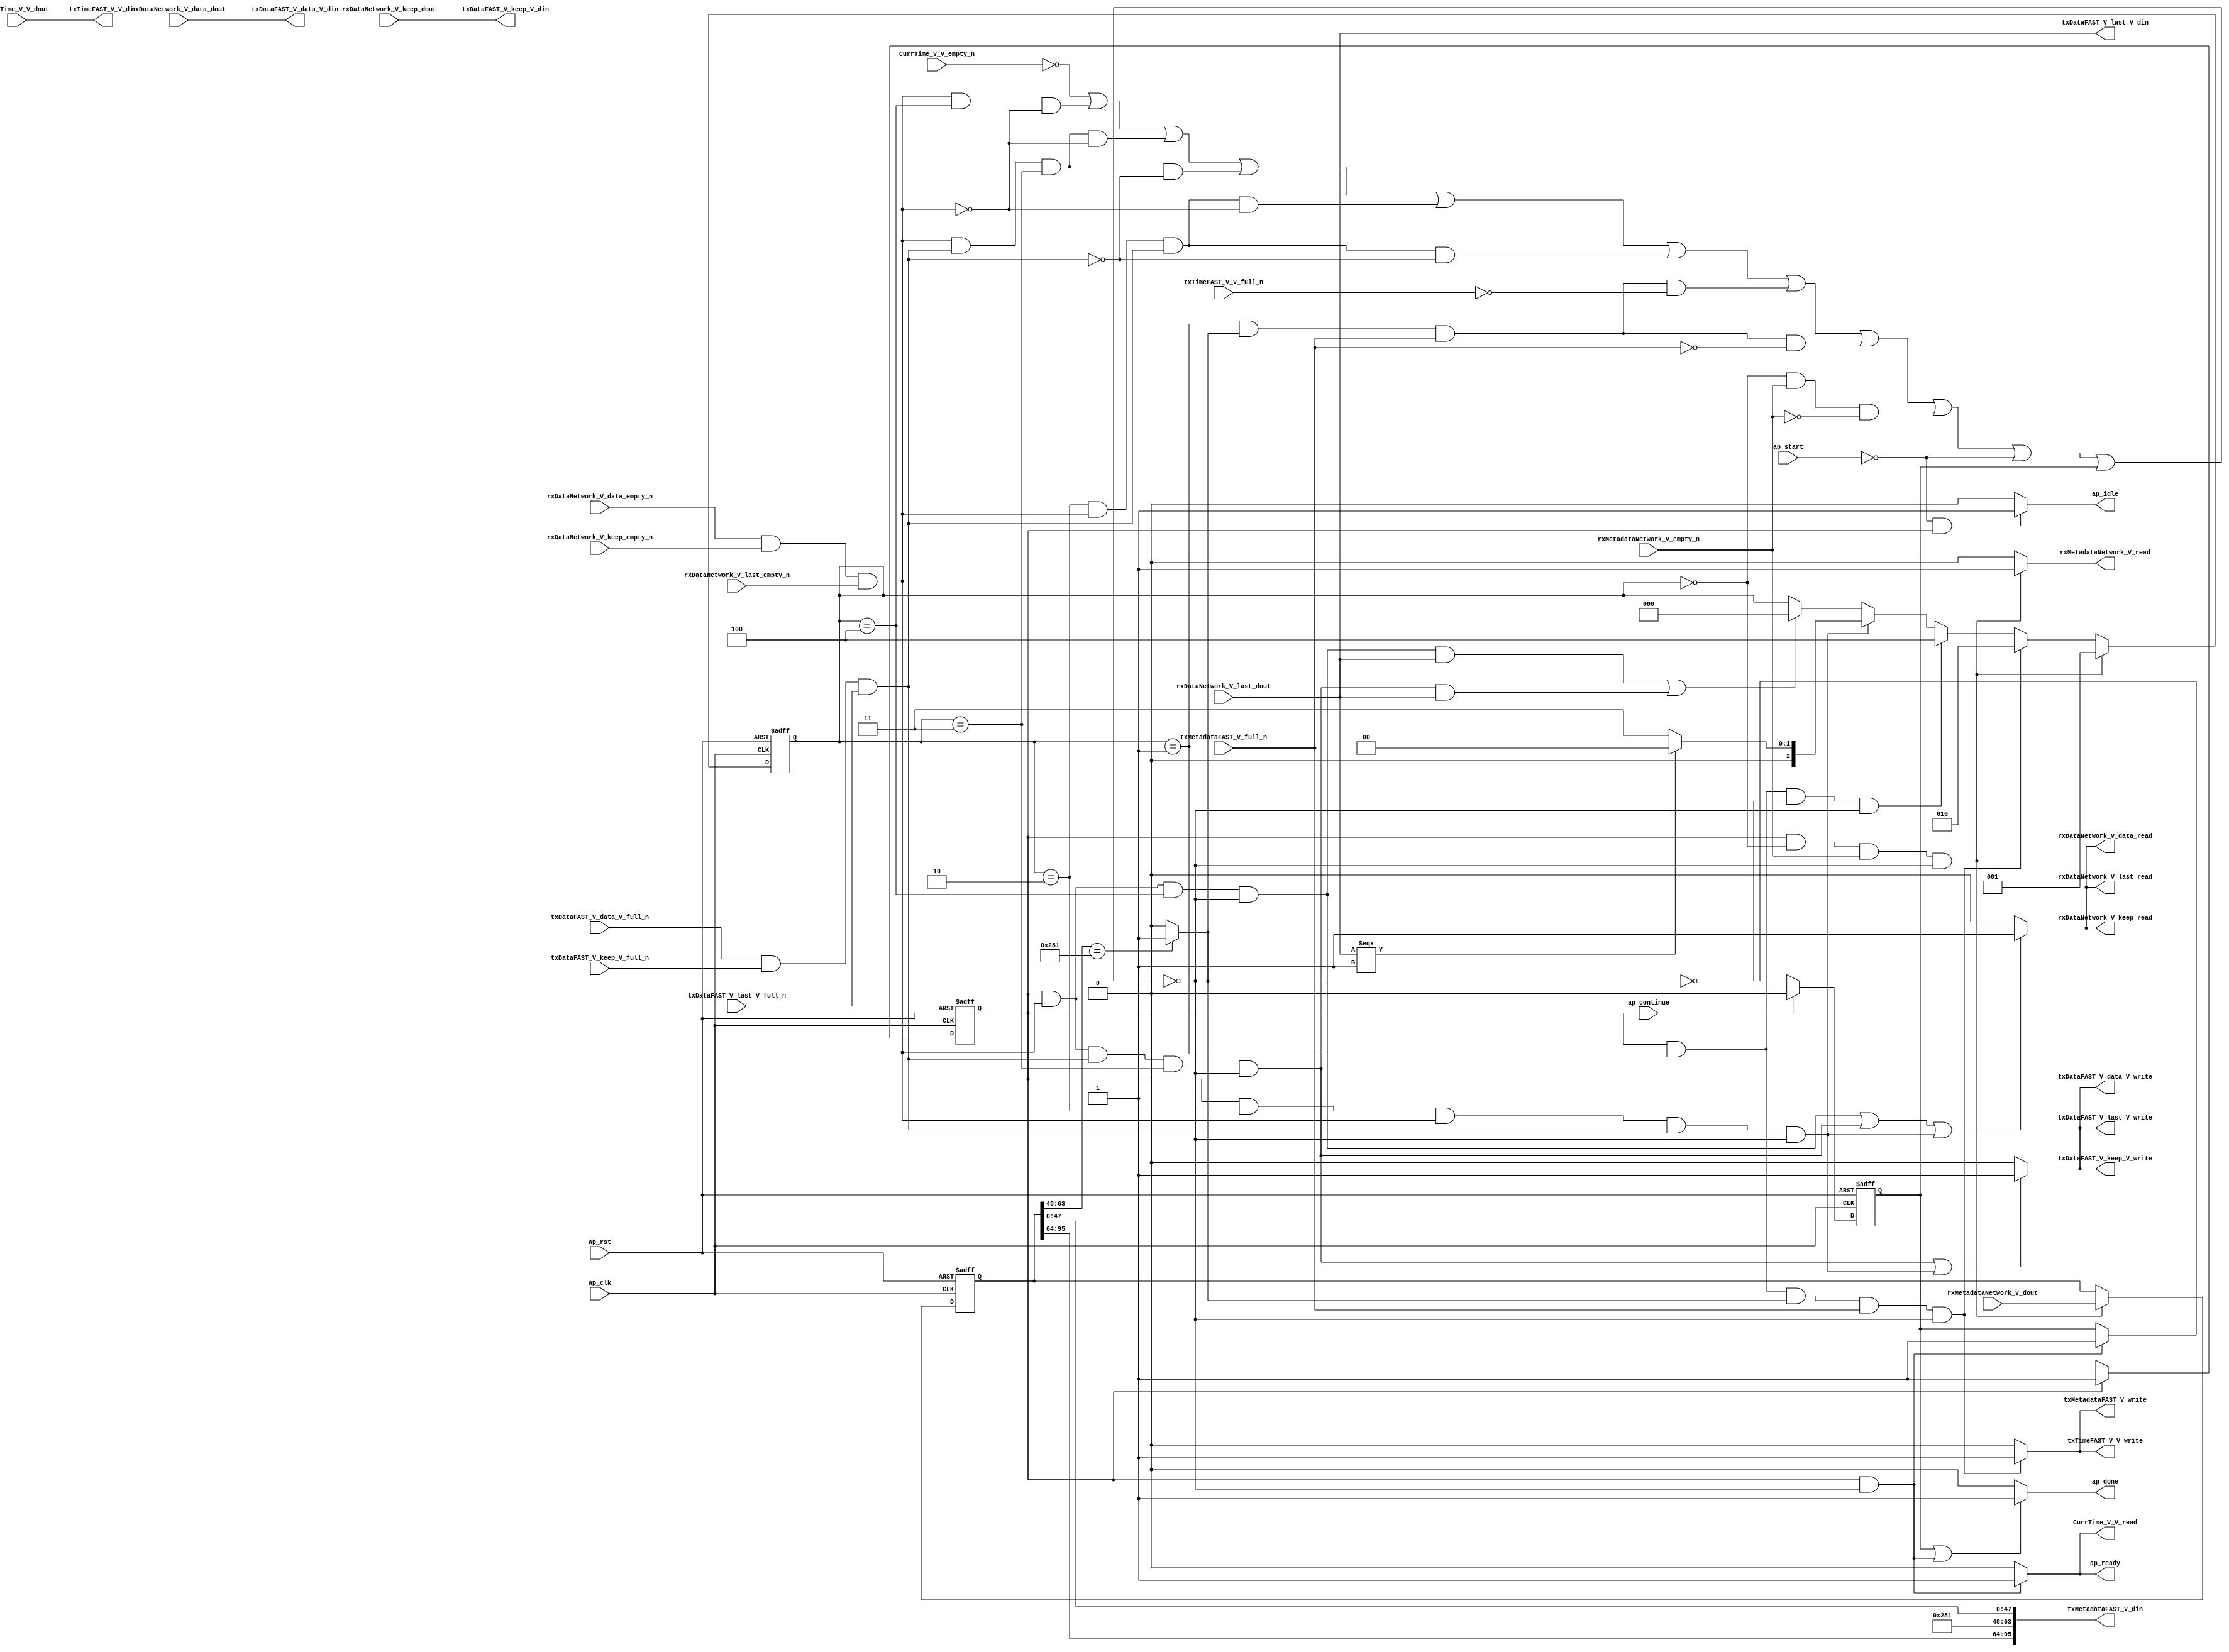
// ==============================================================
// RTL generated by Vivado(TM) HLS - High-Level Synthesis from C, C++ and SystemC
// Version: 2016.3
// Copyright (C) 1986-2016 Xilinx, Inc. All Rights Reserved.
// 
// ===========================================================

`timescale 1 ns / 1 ps 

module appMuxRxPath (
        ap_clk,
        ap_rst,
        ap_start,
        ap_done,
        ap_continue,
        ap_idle,
        ap_ready,
        rxDataNetwork_V_data_dout,
        rxDataNetwork_V_data_empty_n,
        rxDataNetwork_V_data_read,
        rxDataNetwork_V_keep_dout,
        rxDataNetwork_V_keep_empty_n,
        rxDataNetwork_V_keep_read,
        rxDataNetwork_V_last_dout,
        rxDataNetwork_V_last_empty_n,
        rxDataNetwork_V_last_read,
        rxMetadataNetwork_V_dout,
        rxMetadataNetwork_V_empty_n,
        rxMetadataNetwork_V_read,
        txDataFAST_V_data_V_din,
        txDataFAST_V_data_V_full_n,
        txDataFAST_V_data_V_write,
        txDataFAST_V_keep_V_din,
        txDataFAST_V_keep_V_full_n,
        txDataFAST_V_keep_V_write,
        txDataFAST_V_last_V_din,
        txDataFAST_V_last_V_full_n,
        txDataFAST_V_last_V_write,
        txMetadataFAST_V_din,
        txMetadataFAST_V_full_n,
        txMetadataFAST_V_write,
        txTimeFAST_V_V_din,
        txTimeFAST_V_V_full_n,
        txTimeFAST_V_V_write,
        CurrTime_V_V_dout,
        CurrTime_V_V_empty_n,
        CurrTime_V_V_read
);

parameter    ap_ST_fsm_state1 = 1'b1;
parameter    ap_const_lv32_0 = 32'b00000000000000000000000000000000;
parameter    ap_const_lv3_0 = 3'b000;
parameter    ap_const_lv96_0 = 96'b000000000000000000000000000000000000000000000000000000000000000000000000000000000000000000000000;
parameter    ap_const_lv3_2 = 3'b10;
parameter    ap_const_lv3_3 = 3'b11;
parameter    ap_const_lv3_4 = 3'b100;
parameter    ap_const_lv3_1 = 3'b1;
parameter    ap_const_lv32_30 = 32'b110000;
parameter    ap_const_lv32_3F = 32'b111111;
parameter    ap_const_lv16_281 = 16'b1010000001;
parameter    ap_const_lv32_40 = 32'b1000000;
parameter    ap_const_lv32_5F = 32'b1011111;

input   ap_clk;
input   ap_rst;
input   ap_start;
output   ap_done;
input   ap_continue;
output   ap_idle;
output   ap_ready;
input  [63:0] rxDataNetwork_V_data_dout;
input   rxDataNetwork_V_data_empty_n;
output   rxDataNetwork_V_data_read;
input  [7:0] rxDataNetwork_V_keep_dout;
input   rxDataNetwork_V_keep_empty_n;
output   rxDataNetwork_V_keep_read;
input  [0:0] rxDataNetwork_V_last_dout;
input   rxDataNetwork_V_last_empty_n;
output   rxDataNetwork_V_last_read;
input  [95:0] rxMetadataNetwork_V_dout;
input   rxMetadataNetwork_V_empty_n;
output   rxMetadataNetwork_V_read;
output  [63:0] txDataFAST_V_data_V_din;
input   txDataFAST_V_data_V_full_n;
output   txDataFAST_V_data_V_write;
output  [7:0] txDataFAST_V_keep_V_din;
input   txDataFAST_V_keep_V_full_n;
output   txDataFAST_V_keep_V_write;
output  [0:0] txDataFAST_V_last_V_din;
input   txDataFAST_V_last_V_full_n;
output   txDataFAST_V_last_V_write;
output  [95:0] txMetadataFAST_V_din;
input   txMetadataFAST_V_full_n;
output   txMetadataFAST_V_write;
output  [63:0] txTimeFAST_V_V_din;
input   txTimeFAST_V_V_full_n;
output   txTimeFAST_V_V_write;
input  [63:0] CurrTime_V_V_dout;
input   CurrTime_V_V_empty_n;
output   CurrTime_V_V_read;

reg ap_done;
reg ap_idle;
reg ap_ready;
reg rxMetadataNetwork_V_read;
reg txMetadataFAST_V_write;
reg txTimeFAST_V_V_write;
reg CurrTime_V_V_read;

reg    ap_done_reg;
(* fsm_encoding = "none" *) reg   [0:0] ap_CS_fsm;
wire   [0:0] ap_CS_fsm_state1;
reg   [2:0] shimState;
reg   [95:0] tempMetadata;
reg    rxDataNetwork_V_data_blk_n;
wire   [0:0] grp_nbreadreq_fu_110_p5;
wire   [0:0] grp_nbwritereq_fu_132_p5;
reg    rxDataNetwork_V_keep_blk_n;
reg    rxDataNetwork_V_last_blk_n;
reg    rxMetadataNetwork_V_blk_n;
wire   [0:0] tmp_2_nbreadreq_fu_180_p3;
reg    txDataFAST_V_data_V_blk_n;
reg    txDataFAST_V_keep_V_blk_n;
reg    txDataFAST_V_last_V_blk_n;
reg    txMetadataFAST_V_blk_n;
wire   [0:0] tmp_s_fu_247_p2;
wire   [0:0] tmp_5_nbwritereq_fu_157_p3;
reg    txTimeFAST_V_V_blk_n;
reg    CurrTime_V_V_blk_n;
wire    rxDataNetwork_V_data0_status;
wire    txDataFAST_V_data_V1_status;
reg    ap_condition_149;
reg    rxDataNetwork_V_data0_update;
reg    txDataFAST_V_data_V1_update;
wire   [0:0] grp_fu_194_p1;
wire   [2:0] p_cast_cast_cast_fu_223_p3;
wire   [15:0] tempMetadata_destina_fu_237_p4;
wire   [31:0] tmp_destinationSocke_fu_259_p4;
wire   [47:0] tmp_11_fu_269_p1;
reg   [0:0] ap_NS_fsm;

// power-on initialization
initial begin
#0 ap_done_reg = 1'b0;
#0 ap_CS_fsm = 1'b1;
#0 shimState = 3'b000;
#0 tempMetadata = 96'b000000000000000000000000000000000000000000000000000000000000000000000000000000000000000000000000;
end

always @ (posedge ap_rst or posedge ap_clk) begin
    if (ap_rst == 1'b1) begin
        ap_CS_fsm <= ap_ST_fsm_state1;
    end else begin
        ap_CS_fsm <= ap_NS_fsm;
    end
end

always @ (posedge ap_rst or posedge ap_clk) begin
    if (ap_rst == 1'b1) begin
        ap_done_reg <= 1'b0;
    end else begin
        if ((1'b1 == ap_continue)) begin
            ap_done_reg <= 1'b0;
        end else if (((ap_CS_fsm_state1 == 1'b1) & ~(ap_condition_149 == 1'b1))) begin
            ap_done_reg <= 1'b1;
        end
    end
end

always @ (posedge ap_rst or posedge ap_clk) begin
    if (ap_rst == 1'b1) begin
        shimState <= ap_const_lv3_0;
    end else begin
        if (((ap_CS_fsm_state1 == 1'b1) & (ap_const_lv3_0 == shimState) & ~(1'b0 == tmp_2_nbreadreq_fu_180_p3) & ~(ap_condition_149 == 1'b1))) begin
            shimState <= ap_const_lv3_1;
        end else if (((ap_CS_fsm_state1 == 1'b1) & (shimState == ap_const_lv3_1) & ~(1'b0 == tmp_s_fu_247_p2) & ~(1'b0 == tmp_5_nbwritereq_fu_157_p3) & ~(ap_condition_149 == 1'b1))) begin
            shimState <= ap_const_lv3_2;
        end else if (((ap_CS_fsm_state1 == 1'b1) & (shimState == ap_const_lv3_1) & (1'b0 == tmp_s_fu_247_p2) & ~(ap_condition_149 == 1'b1))) begin
            shimState <= ap_const_lv3_4;
        end else if (((ap_CS_fsm_state1 == 1'b1) & (shimState == ap_const_lv3_2) & ~(grp_nbreadreq_fu_110_p5 == 1'b0) & ~(1'b0 == grp_nbwritereq_fu_132_p5) & ~(ap_condition_149 == 1'b1))) begin
            shimState <= p_cast_cast_cast_fu_223_p3;
        end else if ((((ap_CS_fsm_state1 == 1'b1) & ~(grp_nbreadreq_fu_110_p5 == 1'b0) & (shimState == ap_const_lv3_4) & ~(ap_condition_149 == 1'b1) & ~(1'b0 == grp_fu_194_p1)) | ((ap_CS_fsm_state1 == 1'b1) & ~(grp_nbreadreq_fu_110_p5 == 1'b0) & ~(1'b0 == grp_nbwritereq_fu_132_p5) & (shimState == ap_const_lv3_3) & ~(ap_condition_149 == 1'b1) & ~(1'b0 == grp_fu_194_p1)))) begin
            shimState <= ap_const_lv3_0;
        end
    end
end

always @ (posedge ap_rst or posedge ap_clk) begin
    if (ap_rst == 1'b1) begin
        tempMetadata <= ap_const_lv96_0;
    end else begin
        if (((ap_CS_fsm_state1 == 1'b1) & (ap_const_lv3_0 == shimState) & ~(1'b0 == tmp_2_nbreadreq_fu_180_p3) & ~(ap_condition_149 == 1'b1))) begin
            tempMetadata <= rxMetadataNetwork_V_dout;
        end
    end
end

always @ (*) begin
    if ((ap_CS_fsm_state1 == 1'b1)) begin
        CurrTime_V_V_blk_n = CurrTime_V_V_empty_n;
    end else begin
        CurrTime_V_V_blk_n = 1'b1;
    end
end

always @ (*) begin
    if (((ap_CS_fsm_state1 == 1'b1) & ~(ap_condition_149 == 1'b1))) begin
        CurrTime_V_V_read = 1'b1;
    end else begin
        CurrTime_V_V_read = 1'b0;
    end
end

always @ (*) begin
    if (((1'b1 == ap_done_reg) | ((ap_CS_fsm_state1 == 1'b1) & ~(ap_condition_149 == 1'b1)))) begin
        ap_done = 1'b1;
    end else begin
        ap_done = 1'b0;
    end
end

always @ (*) begin
    if (((1'b0 == ap_start) & (ap_CS_fsm_state1 == 1'b1))) begin
        ap_idle = 1'b1;
    end else begin
        ap_idle = 1'b0;
    end
end

always @ (*) begin
    if (((ap_CS_fsm_state1 == 1'b1) & ~(ap_condition_149 == 1'b1))) begin
        ap_ready = 1'b1;
    end else begin
        ap_ready = 1'b0;
    end
end

always @ (*) begin
    if ((((ap_CS_fsm_state1 == 1'b1) & ~(grp_nbreadreq_fu_110_p5 == 1'b0) & (shimState == ap_const_lv3_4) & ~(ap_condition_149 == 1'b1)) | ((ap_CS_fsm_state1 == 1'b1) & ~(grp_nbreadreq_fu_110_p5 == 1'b0) & ~(1'b0 == grp_nbwritereq_fu_132_p5) & (shimState == ap_const_lv3_3) & ~(ap_condition_149 == 1'b1)) | ((ap_CS_fsm_state1 == 1'b1) & (shimState == ap_const_lv3_2) & ~(grp_nbreadreq_fu_110_p5 == 1'b0) & ~(1'b0 == grp_nbwritereq_fu_132_p5) & ~(ap_condition_149 == 1'b1)))) begin
        rxDataNetwork_V_data0_update = 1'b1;
    end else begin
        rxDataNetwork_V_data0_update = 1'b0;
    end
end

always @ (*) begin
    if ((((ap_CS_fsm_state1 == 1'b1) & (shimState == ap_const_lv3_2) & ~(grp_nbreadreq_fu_110_p5 == 1'b0) & ~(1'b0 == grp_nbwritereq_fu_132_p5)) | ((ap_CS_fsm_state1 == 1'b1) & ~(grp_nbreadreq_fu_110_p5 == 1'b0) & ~(1'b0 == grp_nbwritereq_fu_132_p5) & (shimState == ap_const_lv3_3)) | ((ap_CS_fsm_state1 == 1'b1) & ~(grp_nbreadreq_fu_110_p5 == 1'b0) & (shimState == ap_const_lv3_4)))) begin
        rxDataNetwork_V_data_blk_n = rxDataNetwork_V_data_empty_n;
    end else begin
        rxDataNetwork_V_data_blk_n = 1'b1;
    end
end

always @ (*) begin
    if ((((ap_CS_fsm_state1 == 1'b1) & (shimState == ap_const_lv3_2) & ~(grp_nbreadreq_fu_110_p5 == 1'b0) & ~(1'b0 == grp_nbwritereq_fu_132_p5)) | ((ap_CS_fsm_state1 == 1'b1) & ~(grp_nbreadreq_fu_110_p5 == 1'b0) & ~(1'b0 == grp_nbwritereq_fu_132_p5) & (shimState == ap_const_lv3_3)) | ((ap_CS_fsm_state1 == 1'b1) & ~(grp_nbreadreq_fu_110_p5 == 1'b0) & (shimState == ap_const_lv3_4)))) begin
        rxDataNetwork_V_keep_blk_n = rxDataNetwork_V_keep_empty_n;
    end else begin
        rxDataNetwork_V_keep_blk_n = 1'b1;
    end
end

always @ (*) begin
    if ((((ap_CS_fsm_state1 == 1'b1) & (shimState == ap_const_lv3_2) & ~(grp_nbreadreq_fu_110_p5 == 1'b0) & ~(1'b0 == grp_nbwritereq_fu_132_p5)) | ((ap_CS_fsm_state1 == 1'b1) & ~(grp_nbreadreq_fu_110_p5 == 1'b0) & ~(1'b0 == grp_nbwritereq_fu_132_p5) & (shimState == ap_const_lv3_3)) | ((ap_CS_fsm_state1 == 1'b1) & ~(grp_nbreadreq_fu_110_p5 == 1'b0) & (shimState == ap_const_lv3_4)))) begin
        rxDataNetwork_V_last_blk_n = rxDataNetwork_V_last_empty_n;
    end else begin
        rxDataNetwork_V_last_blk_n = 1'b1;
    end
end

always @ (*) begin
    if (((ap_CS_fsm_state1 == 1'b1) & (ap_const_lv3_0 == shimState) & ~(1'b0 == tmp_2_nbreadreq_fu_180_p3))) begin
        rxMetadataNetwork_V_blk_n = rxMetadataNetwork_V_empty_n;
    end else begin
        rxMetadataNetwork_V_blk_n = 1'b1;
    end
end

always @ (*) begin
    if (((ap_CS_fsm_state1 == 1'b1) & (ap_const_lv3_0 == shimState) & ~(1'b0 == tmp_2_nbreadreq_fu_180_p3) & ~(ap_condition_149 == 1'b1))) begin
        rxMetadataNetwork_V_read = 1'b1;
    end else begin
        rxMetadataNetwork_V_read = 1'b0;
    end
end

always @ (*) begin
    if ((((ap_CS_fsm_state1 == 1'b1) & ~(grp_nbreadreq_fu_110_p5 == 1'b0) & ~(1'b0 == grp_nbwritereq_fu_132_p5) & (shimState == ap_const_lv3_3) & ~(ap_condition_149 == 1'b1)) | ((ap_CS_fsm_state1 == 1'b1) & (shimState == ap_const_lv3_2) & ~(grp_nbreadreq_fu_110_p5 == 1'b0) & ~(1'b0 == grp_nbwritereq_fu_132_p5) & ~(ap_condition_149 == 1'b1)))) begin
        txDataFAST_V_data_V1_update = 1'b1;
    end else begin
        txDataFAST_V_data_V1_update = 1'b0;
    end
end

always @ (*) begin
    if ((((ap_CS_fsm_state1 == 1'b1) & (shimState == ap_const_lv3_2) & ~(grp_nbreadreq_fu_110_p5 == 1'b0) & ~(1'b0 == grp_nbwritereq_fu_132_p5)) | ((ap_CS_fsm_state1 == 1'b1) & ~(grp_nbreadreq_fu_110_p5 == 1'b0) & ~(1'b0 == grp_nbwritereq_fu_132_p5) & (shimState == ap_const_lv3_3)))) begin
        txDataFAST_V_data_V_blk_n = txDataFAST_V_data_V_full_n;
    end else begin
        txDataFAST_V_data_V_blk_n = 1'b1;
    end
end

always @ (*) begin
    if ((((ap_CS_fsm_state1 == 1'b1) & (shimState == ap_const_lv3_2) & ~(grp_nbreadreq_fu_110_p5 == 1'b0) & ~(1'b0 == grp_nbwritereq_fu_132_p5)) | ((ap_CS_fsm_state1 == 1'b1) & ~(grp_nbreadreq_fu_110_p5 == 1'b0) & ~(1'b0 == grp_nbwritereq_fu_132_p5) & (shimState == ap_const_lv3_3)))) begin
        txDataFAST_V_keep_V_blk_n = txDataFAST_V_keep_V_full_n;
    end else begin
        txDataFAST_V_keep_V_blk_n = 1'b1;
    end
end

always @ (*) begin
    if ((((ap_CS_fsm_state1 == 1'b1) & (shimState == ap_const_lv3_2) & ~(grp_nbreadreq_fu_110_p5 == 1'b0) & ~(1'b0 == grp_nbwritereq_fu_132_p5)) | ((ap_CS_fsm_state1 == 1'b1) & ~(grp_nbreadreq_fu_110_p5 == 1'b0) & ~(1'b0 == grp_nbwritereq_fu_132_p5) & (shimState == ap_const_lv3_3)))) begin
        txDataFAST_V_last_V_blk_n = txDataFAST_V_last_V_full_n;
    end else begin
        txDataFAST_V_last_V_blk_n = 1'b1;
    end
end

always @ (*) begin
    if (((ap_CS_fsm_state1 == 1'b1) & (shimState == ap_const_lv3_1) & ~(1'b0 == tmp_s_fu_247_p2) & ~(1'b0 == tmp_5_nbwritereq_fu_157_p3))) begin
        txMetadataFAST_V_blk_n = txMetadataFAST_V_full_n;
    end else begin
        txMetadataFAST_V_blk_n = 1'b1;
    end
end

always @ (*) begin
    if (((ap_CS_fsm_state1 == 1'b1) & (shimState == ap_const_lv3_1) & ~(1'b0 == tmp_s_fu_247_p2) & ~(1'b0 == tmp_5_nbwritereq_fu_157_p3) & ~(ap_condition_149 == 1'b1))) begin
        txMetadataFAST_V_write = 1'b1;
    end else begin
        txMetadataFAST_V_write = 1'b0;
    end
end

always @ (*) begin
    if (((ap_CS_fsm_state1 == 1'b1) & (shimState == ap_const_lv3_1) & ~(1'b0 == tmp_s_fu_247_p2) & ~(1'b0 == tmp_5_nbwritereq_fu_157_p3))) begin
        txTimeFAST_V_V_blk_n = txTimeFAST_V_V_full_n;
    end else begin
        txTimeFAST_V_V_blk_n = 1'b1;
    end
end

always @ (*) begin
    if (((ap_CS_fsm_state1 == 1'b1) & (shimState == ap_const_lv3_1) & ~(1'b0 == tmp_s_fu_247_p2) & ~(1'b0 == tmp_5_nbwritereq_fu_157_p3) & ~(ap_condition_149 == 1'b1))) begin
        txTimeFAST_V_V_write = 1'b1;
    end else begin
        txTimeFAST_V_V_write = 1'b0;
    end
end

always @ (*) begin
    case (ap_CS_fsm)
        ap_ST_fsm_state1 : begin
            ap_NS_fsm = ap_ST_fsm_state1;
        end
        default : begin
            ap_NS_fsm = 'bx;
        end
    endcase
end

assign ap_CS_fsm_state1 = ap_CS_fsm[ap_const_lv32_0];

always @ (*) begin
    ap_condition_149 = ((CurrTime_V_V_empty_n == 1'b0) | (~(grp_nbreadreq_fu_110_p5 == 1'b0) & (shimState == ap_const_lv3_4) & (rxDataNetwork_V_data0_status == 1'b0)) | (~(grp_nbreadreq_fu_110_p5 == 1'b0) & ~(1'b0 == grp_nbwritereq_fu_132_p5) & (shimState == ap_const_lv3_3) & (rxDataNetwork_V_data0_status == 1'b0)) | (~(grp_nbreadreq_fu_110_p5 == 1'b0) & ~(1'b0 == grp_nbwritereq_fu_132_p5) & (shimState == ap_const_lv3_3) & (txDataFAST_V_data_V1_status == 1'b0)) | ((shimState == ap_const_lv3_2) & ~(grp_nbreadreq_fu_110_p5 == 1'b0) & ~(1'b0 == grp_nbwritereq_fu_132_p5) & (rxDataNetwork_V_data0_status == 1'b0)) | ((shimState == ap_const_lv3_2) & ~(grp_nbreadreq_fu_110_p5 == 1'b0) & ~(1'b0 == grp_nbwritereq_fu_132_p5) & (txDataFAST_V_data_V1_status == 1'b0)) | ((shimState == ap_const_lv3_1) & ~(1'b0 == tmp_s_fu_247_p2) & ~(1'b0 == tmp_5_nbwritereq_fu_157_p3) & (txTimeFAST_V_V_full_n == 1'b0)) | ((shimState == ap_const_lv3_1) & ~(1'b0 == tmp_s_fu_247_p2) & ~(1'b0 == tmp_5_nbwritereq_fu_157_p3) & (txMetadataFAST_V_full_n == 1'b0)) | ((ap_const_lv3_0 == shimState) & ~(1'b0 == tmp_2_nbreadreq_fu_180_p3) & (rxMetadataNetwork_V_empty_n == 1'b0)) | (ap_start == 1'b0) | (ap_done_reg == 1'b1));
end

assign grp_fu_194_p1 = rxDataNetwork_V_last_dout;

assign grp_nbreadreq_fu_110_p5 = (rxDataNetwork_V_data_empty_n & rxDataNetwork_V_keep_empty_n & rxDataNetwork_V_last_empty_n);

assign grp_nbwritereq_fu_132_p5 = (txDataFAST_V_data_V_full_n & txDataFAST_V_keep_V_full_n & txDataFAST_V_last_V_full_n);

assign p_cast_cast_cast_fu_223_p3 = ((rxDataNetwork_V_last_dout[0:0] === 1'b1) ? ap_const_lv3_0 : ap_const_lv3_3);

assign rxDataNetwork_V_data0_status = (rxDataNetwork_V_data_empty_n & rxDataNetwork_V_keep_empty_n & rxDataNetwork_V_last_empty_n);

assign rxDataNetwork_V_data_read = rxDataNetwork_V_data0_update;

assign rxDataNetwork_V_keep_read = rxDataNetwork_V_data0_update;

assign rxDataNetwork_V_last_read = rxDataNetwork_V_data0_update;

assign tempMetadata_destina_fu_237_p4 = {{tempMetadata[ap_const_lv32_3F : ap_const_lv32_30]}};

assign tmp_11_fu_269_p1 = tempMetadata[47:0];

assign tmp_2_nbreadreq_fu_180_p3 = rxMetadataNetwork_V_empty_n;

assign tmp_5_nbwritereq_fu_157_p3 = txMetadataFAST_V_full_n;

assign tmp_destinationSocke_fu_259_p4 = {{tempMetadata[ap_const_lv32_5F : ap_const_lv32_40]}};

assign tmp_s_fu_247_p2 = ((tempMetadata_destina_fu_237_p4 == ap_const_lv16_281) ? 1'b1 : 1'b0);

assign txDataFAST_V_data_V1_status = (txDataFAST_V_data_V_full_n & txDataFAST_V_keep_V_full_n & txDataFAST_V_last_V_full_n);

assign txDataFAST_V_data_V_din = rxDataNetwork_V_data_dout;

assign txDataFAST_V_data_V_write = txDataFAST_V_data_V1_update;

assign txDataFAST_V_keep_V_din = rxDataNetwork_V_keep_dout;

assign txDataFAST_V_keep_V_write = txDataFAST_V_data_V1_update;

assign txDataFAST_V_last_V_din = rxDataNetwork_V_last_dout;

assign txDataFAST_V_last_V_write = txDataFAST_V_data_V1_update;

assign txMetadataFAST_V_din = {{{tmp_destinationSocke_fu_259_p4}, {ap_const_lv16_281}}, {tmp_11_fu_269_p1}};

assign txTimeFAST_V_V_din = CurrTime_V_V_dout;

endmodule //appMuxRxPath